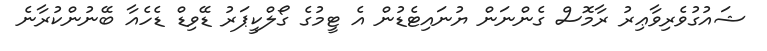
ޝައުގުވެރިވާޢިރު ރާމޮސް ގެންނަން ޔުނައިޓެޑުން އެ ޓީމުގެ ގޯލްކީޕަރު ޑޭވިޑް ޑެހެއާ ބޭނުންކުރާނެ